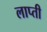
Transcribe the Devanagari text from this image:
लाप्ती